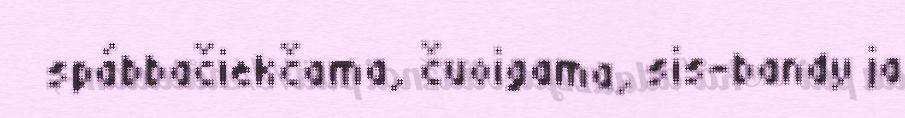
spábbačiekčama, čuoigama, sis-bandy ja